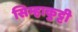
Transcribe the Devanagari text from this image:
सिम्हाकुट्टी